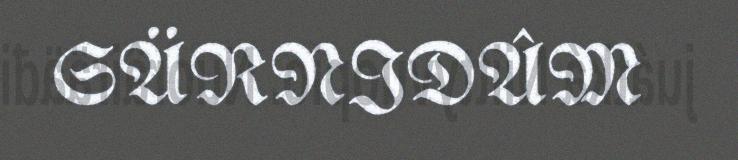
SÄRNIDÂM